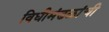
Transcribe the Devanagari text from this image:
विधीमंडळांची